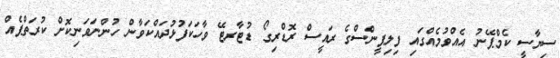
ސިޔާސީ ކެމްޕޭނު އެއްވުމެއްގައި ފިލިޕީންސްގެ ރައީސް ރޮޑްރިގޯ ޑުޓާރޓޭ ވާހަކަފުޅުދައްކަވާން ހުންނަވަނިކޮށް ކުރަތްޕެއް